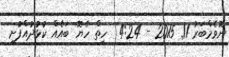
ނޮވެމްބަރު 11